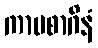
ကာမစာဂိနံ